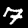
Label: 7